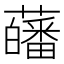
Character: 𧂉